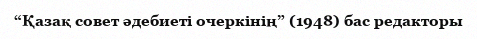
“Қазақ совет әдебиеті очеркінің” (1948) бас редакторы